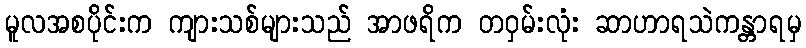
မူလအစပိုင်းက ကျားသစ်များသည် အာဖရိက တဝှမ်းလုံး ဆာဟာရသဲကန္တာရမှ